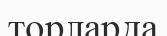
торларда